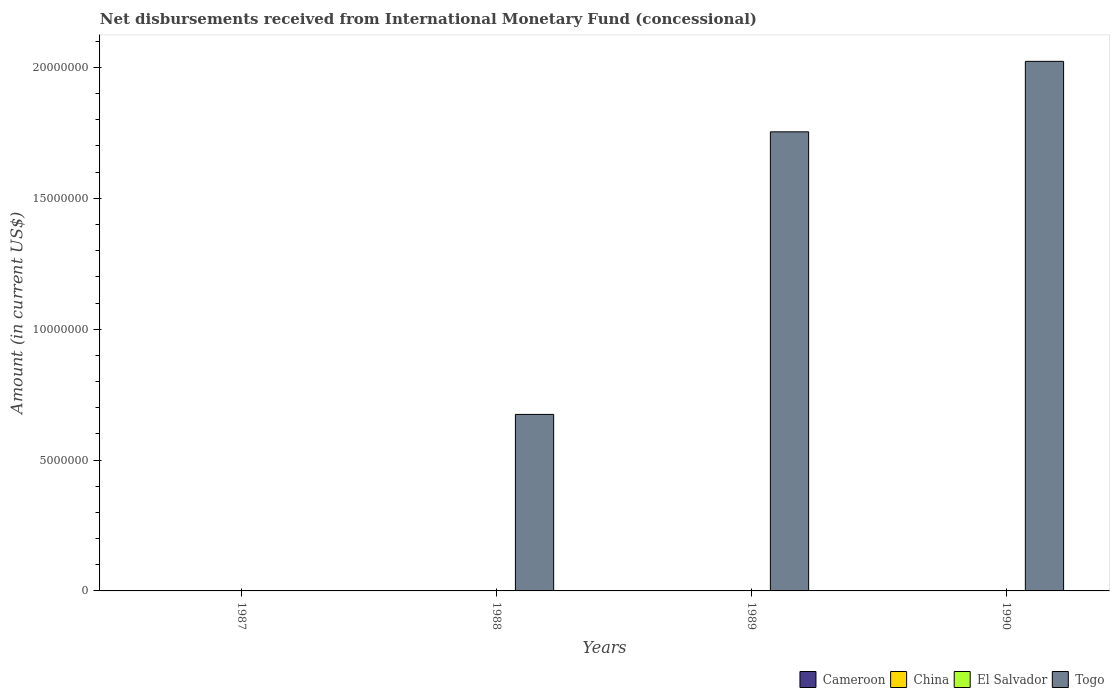
| Years | Cameroon | China | El Salvador | Togo |
 | --- | --- | --- | --- | --- |
 | 1987 | -8.93e+06 | -8.11e+07 | -5.12e+06 | -3.83e+06 |
 | 1988 | -8.35e+06 | -8.32e+07 | -5.26e+06 | 6.74e+06 |
 | 1989 | -5.02e+06 | -7.94e+07 | -5.02e+06 | 1.75e+07 |
 | 1990 | -1.44e+06 | -8.4e+07 | -5.31e+06 | 2.02e+07 |